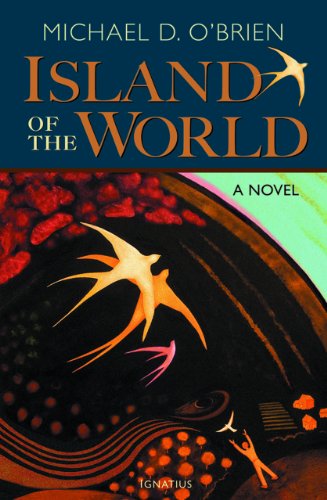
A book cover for The Island of the World; Michael D. O'Brien; Religion & Spirituality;